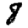
Digit: 8